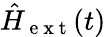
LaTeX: \hat{H}_{\mathrm{~e~x~t~}}(t)